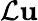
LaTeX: {\cal L}\mathbf{u}